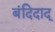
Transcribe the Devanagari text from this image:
बंदिदाद्